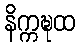
နိက္ကဍ္ဎထ